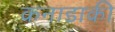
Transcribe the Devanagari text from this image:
कनाडाकी